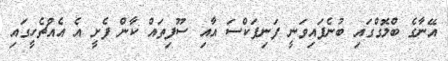
އޭނާގެ ބްލޮގްގައި ބުނެފައިވަނީ ފަނިފަކްސަ އާއި ސޫފިތައް ކާން ފެށީ އެ އެއްޗެހީގައި